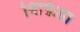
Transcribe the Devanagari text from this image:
बिफ़िडा